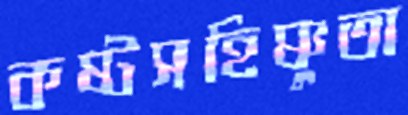
কষ্টসহিষ্ণুতা